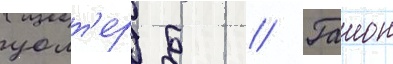
уолт'ер б // Гаион